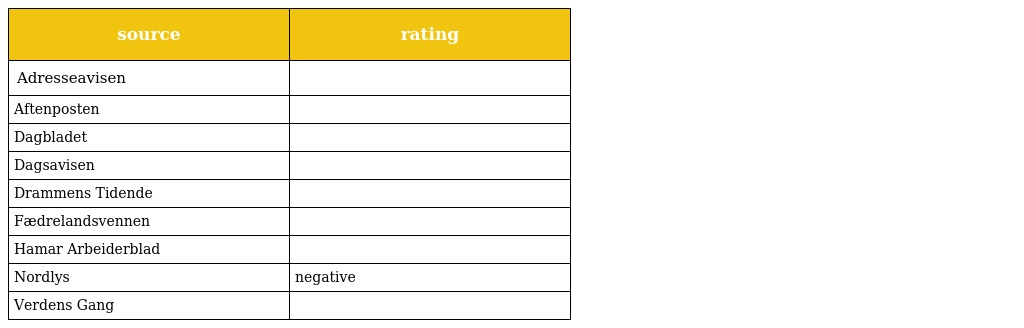
| source | rating |
 | --- | --- |
 | Adresseavisen |  |
 | Aftenposten |  |
 | Dagbladet |  |
 | Dagsavisen |  |
 | Drammens Tidende |  |
 | Fædrelandsvennen |  |
 | Hamar Arbeiderblad |  |
 | Nordlys | negative |
 | Verdens Gang |  |